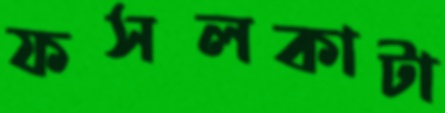
ফসলকাটা